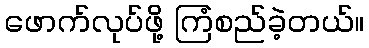
ဖောက်လုပ်ဖို့ ကြံစည်ခဲ့တယ်။